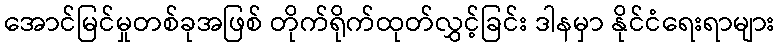
အောင်မြင်မှုတစ်ခုအဖြစ် တိုက်ရိုက်ထုတ်လွှင့်ခြင်း ဒါနမှာ နိုင်ငံရေးရာများ